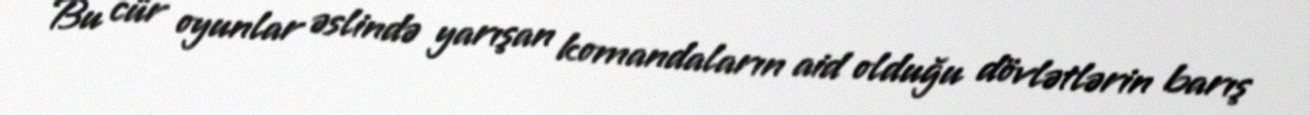
Bu cür oyunlar əslində yarışan komandaların aid olduğu dövlətlərin barış